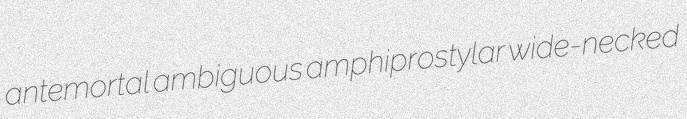
antemortal ambiguous amphiprostylar wide-necked